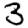
Digit: 3